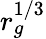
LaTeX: r_{g}^{1/3}